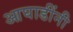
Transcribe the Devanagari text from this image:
आघाडींनी